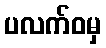
ပလက်ဝမှ